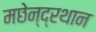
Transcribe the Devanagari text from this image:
मछेन्‍द्रथान